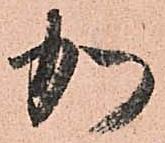
加